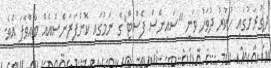
ދިގުރަށުގައި ހުކުރު ދުވަހު ވަނީ "ސައިންސް ފެސްޓް"ގެ ނަމުގައި ކޮންފަރަންސްއެއް ބާއްވާފަ އެވެ.